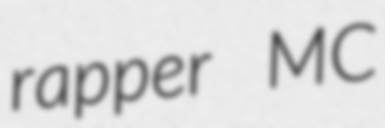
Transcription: rapper MC